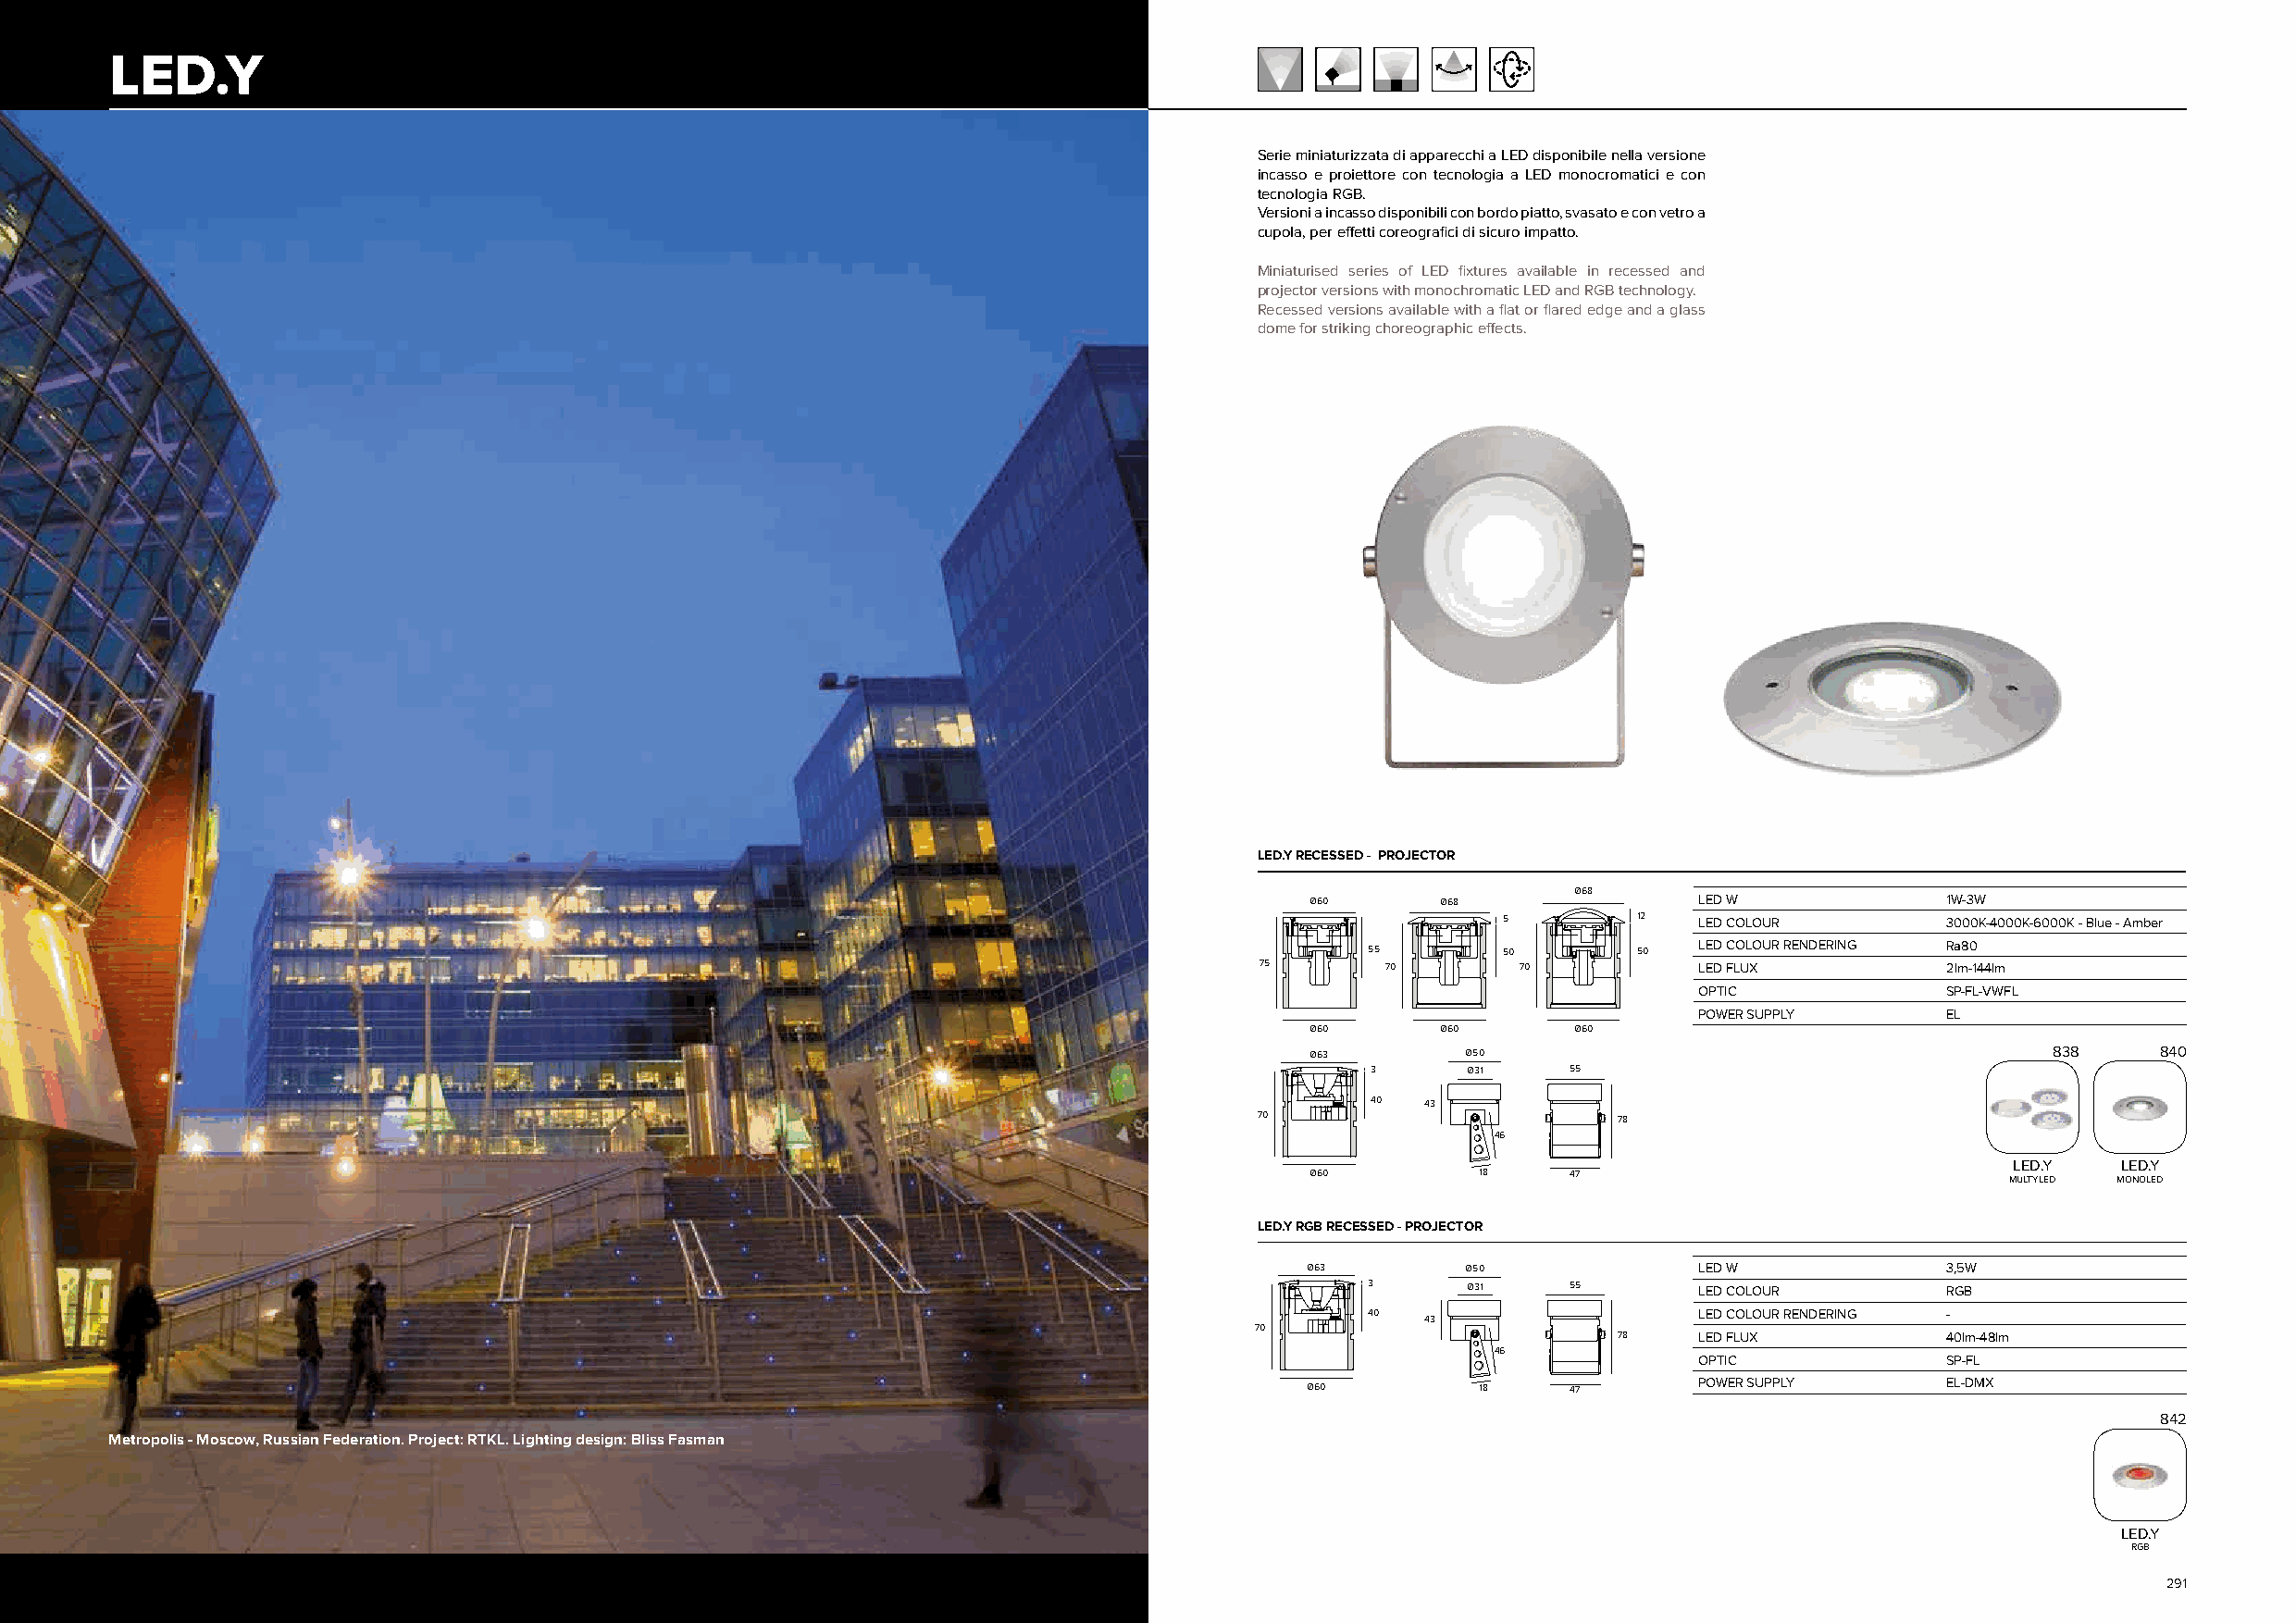
LED.Y
 Serie miniaturizzata di apparecchi a LED disponibile nella versione
 incasso e proiettore con tecnologia a LED monocromatici e con
 tecnologia RGB.
 Versioni a incasso disponibili con bordo piatto, svasato e con vetro a
 cupola, per effetti coreografici di sicuro impatto.
 Miniaturised series of LED fixtures available in recessed and
 projector versions with monochromatic LED and RGB technology.
 Recessed versions available with a flat or flared edge and a glass
 dome for striking choreographic effects.
 LED.Y RECESSED - PROJECTOR
 Ø68
 Ø60      Ø68               LED W             1W-3W
 5         12  LED COLOUR        3000K-4000K-6000K - Blue - Amber
 55       50        50  LED COLOUR RENDERING Ra80
 75       70        70          LED FLUX          2lm-144lm
 OPTIC             SP-FL-VWFL
 POWER SUPPLY      EL
 Ø60      Ø60       Ø60
 Ø63        Ø50                                       838    840
 3      Ø31    55
 40  43
 70                        78
 46
 LED.Y   LED.Y
 Ø60         18    47                              MULTYLED MONOLED
 LED.Y RGB RECESSED - PROJECTOR
 Ø63         Ø50             LED W             3,5W
 3      Ø31    55       LED COLOUR        RGB
 40                     LED COLOUR RENDERING -
 43
 70
 78   LED FLUX          40lm-48lm
 46
 OPTIC             SP-FL
 Ø60          18    47       POWER SUPPLY      EL-DMX
 842
 Metropolis - Moscow, Russian Federation. Project: RTKL. Lighting design: Bliss Fasman
 LED.Y
 RGB
 290                                                                                                                                                291